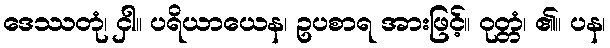
ဒေဿတုံ၊ ငှါ။ ပရိယာယေန၊ ဥပစာရ အားဖြင့်။ ဝုတ္တံ၊ ၏။ ပန၊